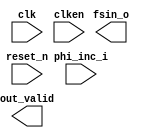

module nco11bit (
	clk,
	clken,
	phi_inc_i,
	fsin_o,
	out_valid,
	reset_n);	

	input		clk;
	input		clken;
	input	[31:0]	phi_inc_i;
	output	[10:0]	fsin_o;
	output		out_valid;
	input		reset_n;
endmodule